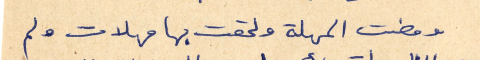
ومضت المهلة ولحقت بها مهلات ولم